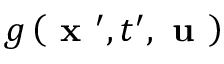
g \left( \textbf { x } ^ { \prime } , t ^ { \prime } , \textbf { u } \right)